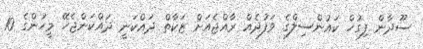
ސޫދާން ފިގުހް ކައުންސިލްގެ ވަފުދެއް ރާއްޖެއަށް ޒަކާތް ދައްކަނީ ދައްކަންޖެހޭ މީހުންގެ 10